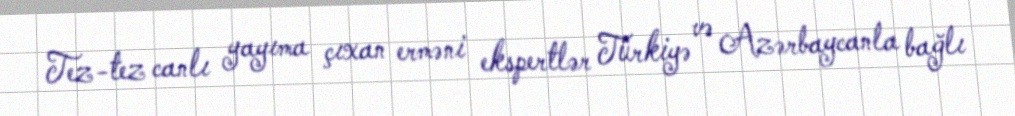
Tez-tez canlı yayıma çıxan erməni ekspertlər Türkiyə və Azərbaycanla bağlı